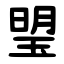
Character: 琞